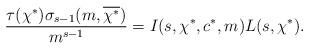
LaTeX: \begin{align*}\frac{\tau(\chi^*) \sigma_{s-1}(m,\overline{\chi^*})}{m^{s-1}} = I(s,\chi^*,c^*,m) L(s,\chi^*).\end{align*}